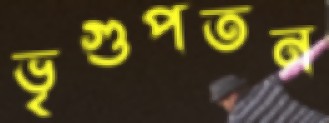
ভৃগুপতন